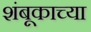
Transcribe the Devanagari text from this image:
शंबूकाच्या